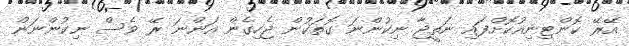
އޭރޭ ކޮންޓިނިއުކޮށްފައި ނަތީޖާ ނިކުންނަ ގޮތަކުން ޖެހިގެން އަންނަ ރޭ ވެސް ނިކުންނަން